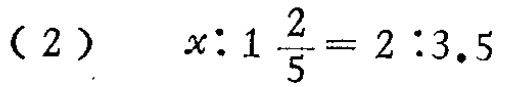
(2) \(x:1\frac{2}{5}=2:3.5\)